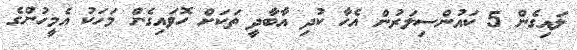
ލައިގެން 5 ކައުންސިލަރުން އެހާ ކުދި އާބާދީ ތަކަށް ހޮވައިގެން މަހަކު އެމީހުންގެ